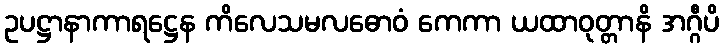
ဥပဋ္ဌာနာကာရဋ္ဌေန ကိလေသမလဓောဝံ ကေကာ ယထာဝုတ္တာနိ အဂ္ဂီပိ